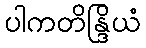
ပါကတိန္ဒြိယံ